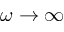
\omega \rightarrow \infty